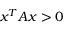
x ^ { T } A x > 0